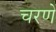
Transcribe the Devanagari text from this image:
चरणें